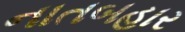
નાતબહાર